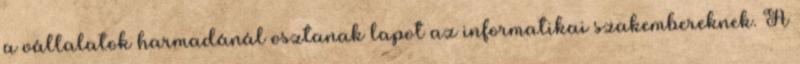
a vállalatok harmadánál osztanak lapot az informatikai szakembereknek. A